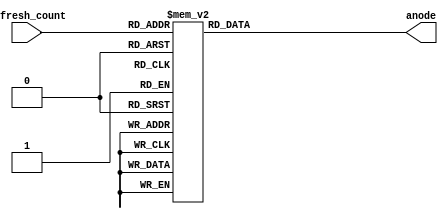
`timescale 1ns / 1ps


module anode_control(
input [2:0] refresh_count,
output reg [7:0] anode
);

always @(refresh_count)
begin
    case(refresh_count)
        3'b000:
            anode = 8'b01111111; //far left anode 0
        3'b001:
            anode = 8'b10111111; // anode 1
        3'b010:
            anode = 8'b11011111; // anode 2
        3'b011:
            anode = 8'b11101111; // anode 3
        3'b100:
            anode = 8'b11110111; // anode 4
        3'b101:
            anode = 8'b11111011; // anode 5
        3'b110:
            anode = 8'b11111101; // anode 6
        3'b111:
            anode = 8'b11111110; //far right anode 7
    endcase
end
endmodule